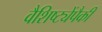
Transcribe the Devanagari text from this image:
वैशिष्ट्येंपैकी